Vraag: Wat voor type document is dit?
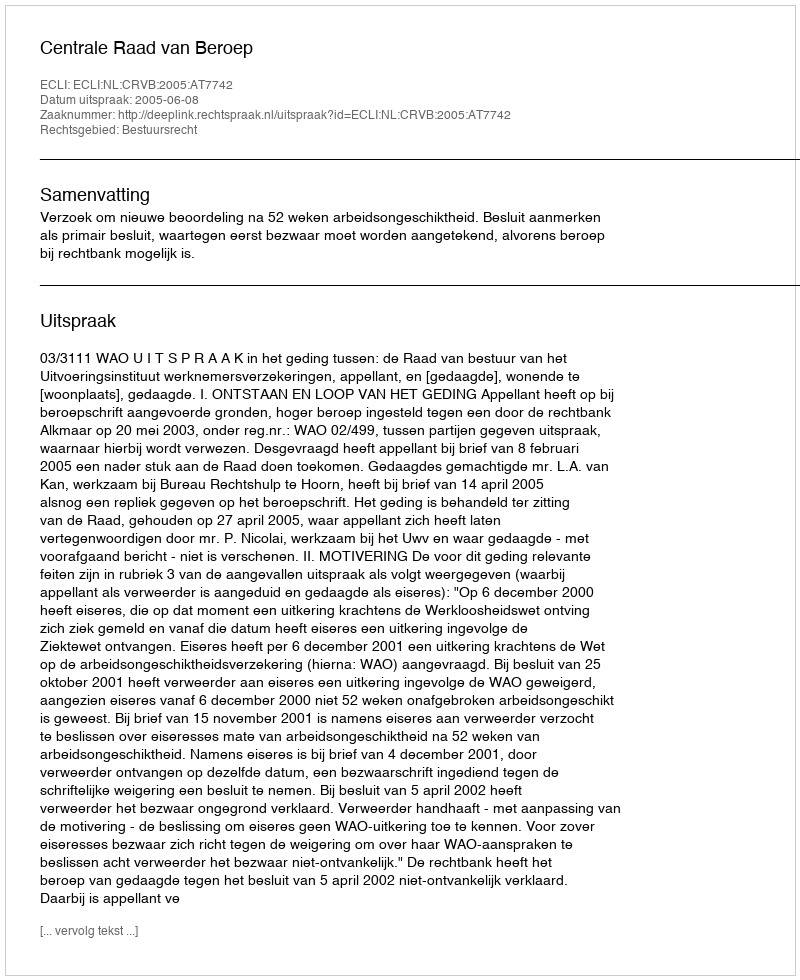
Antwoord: Uitspraak